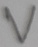
Text: V